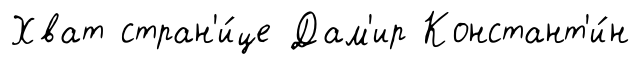
Хват стран'и́це Дам'ир Констант'и́н